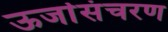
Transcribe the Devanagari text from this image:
ऊर्जासंचरण